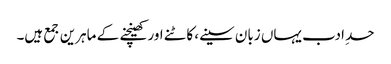
حدِ ادب یہاں زبان سینے، کاٹنے اور کھینچنے کے ماہرین جمع ہیں۔